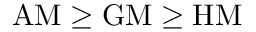
{ \mathrm { A M } } \geq { \mathrm { G M } } \geq { \mathrm { H M } }